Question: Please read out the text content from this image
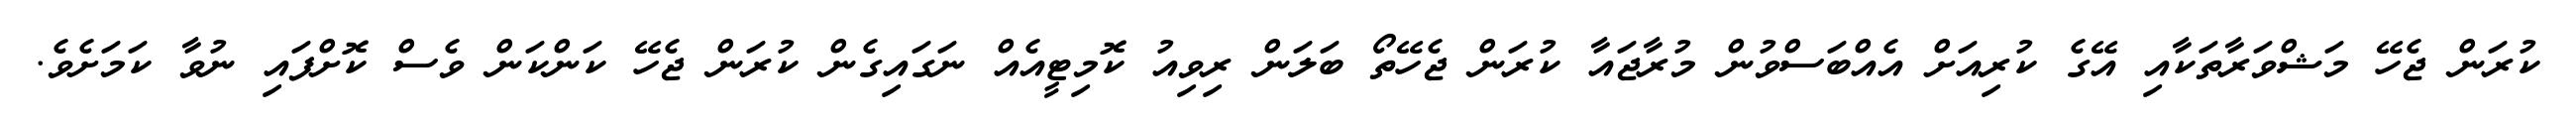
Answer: ކުރަން ޖެހޭ މަޝްވަރާތަކާއި އޭގެ ކުރިއަށް އެއްބަސްވުން މުރާޖައާ ކުރަން ޖެހޭތޯ ބަލަން ރިވިއު ކޮމިޓީއެއް ނަގައިގެން ކުރަން ޖެހޭ ކަންކަން ވެސް ކޮށްފައި ނުވާ ކަމަށެވެ.